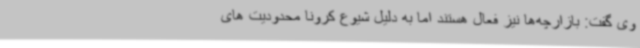
وی گفت: بازارچه‌ها نیز فعال هستند اما به دلیل شیوع کرونا محدودیت های